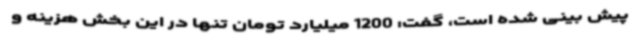
پیش بینی شده است، گفت: 1200 میلیارد تومان تنها در این بخش هزینه و